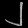
Digit: ၂